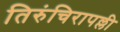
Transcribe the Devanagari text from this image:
तिरुंचिरापल्ली